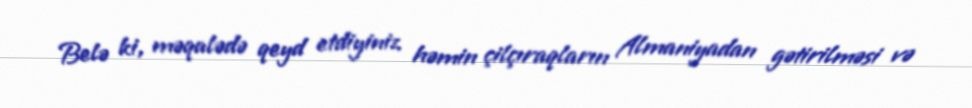
Belə ki, məqalədə qeyd etdiyiniz həmin çilçıraqların Almaniyadan gətirilməsi və